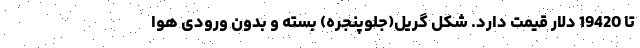
تا 19420 دلار قیمت دارد. شکل گریل(جلوپنجره) بسته و بدون ورودی هوا